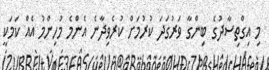
މި އިގްތިސާދުގެ ބިންގާ ވަރުގަދަ ކުރުމަށް ކުރެވިދާނެ އެންމެ މުހިންމު އެއް ކަމަކީ